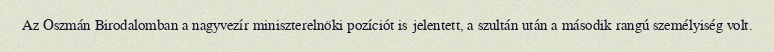
Az Oszmán Birodalomban a nagyvezír miniszterelnöki pozíciót is jelentett, a szultán után a második rangú személyiség volt.